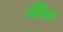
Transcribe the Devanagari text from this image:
जींना